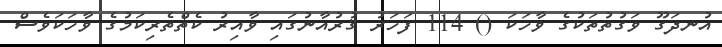
އުނދަގޫ ވަގުތުތަކުގެ ވާހަކަ () 114 ފަހަރު ޤުރުއާނުގައި ވާއިރު ކެތްތެރިކަމުގެ ވާހަކަވެސް